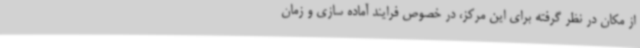
از مکان‌ در نظر گرفته برای این مرکز، در خصوص فرایند آماده سازی و زمان